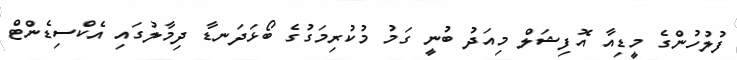
ފުލުހުންގެ މީޑިއާ އޮފިޝަލް މިއަދު ބުނީ ގަމު މުކުރިމަގުގެ ބޯޅަދަނޑާ ދިމާލުގައި އެކްސިޑެންޓް